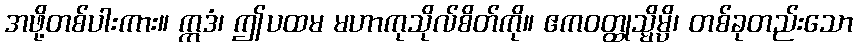
အဖို့တစ်ပါးကား။ ဣဒံ၊ ဤပထမ မဟာကုသိုလ်စိတ်ကို။ ဧကဝတ္ထုသ္မိမ္ပိ၊ တစ်ခုတည်းသော